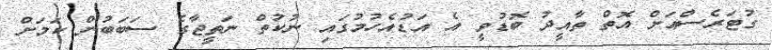
ގުޓަރެސްއަށް އޮތް ތާއީދު ބޮޑުވީ އެ އަޑުއެހުމުގައި ނުކުތް ނަތީޖާގެ ސަބަބުން ކަމަށް